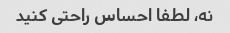
نه، لطفا احساس راحتی کنید